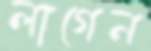
লাগেন